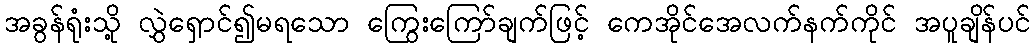
အခွန်ရုံးသို့ လွှဲရှောင်၍မရသော ကြွေးကြော်ချက်ဖြင့် ကေအိုင်အေလက်နက်ကိုင် အပူချိန်ပင်